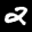
Label: 2